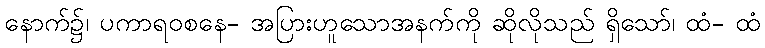
နောက်၌၊ ပကာရဝစနေ- အပြားဟူသောအနက်ကို ဆိုလိုသည် ရှိသော်၊ ထံ- ထံ